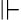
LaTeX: \Vdash